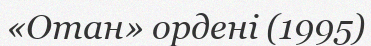
«Отан» ордені (1995)